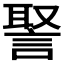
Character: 𧩞